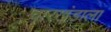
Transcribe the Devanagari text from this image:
चारखंडाला